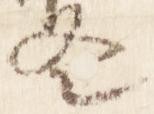
冬